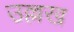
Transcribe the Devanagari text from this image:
उल्लख